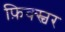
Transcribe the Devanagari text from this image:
फ़िक्स्चर